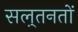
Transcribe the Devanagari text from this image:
सल़्तनतों